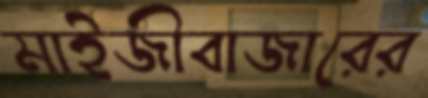
মাইজীবাজারের